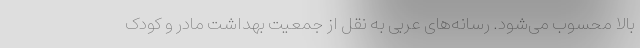
بالا محسوب می‌شود. رسانه‌های عربی به نقل از جمعیت بهداشت مادر و کودک